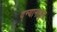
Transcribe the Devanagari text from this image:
द्न्यानातुन